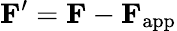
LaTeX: \mathbf{F}^{\prime}=\mathbf{F}-\mathbf{F}_{\mathrm{app}}